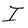
Character: I